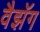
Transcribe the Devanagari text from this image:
वैझॅग